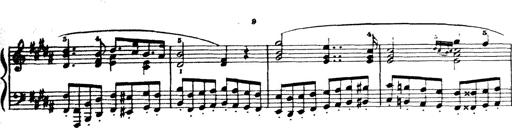
Title: Wagner-Liszt Album
Composer: Franz Liszt